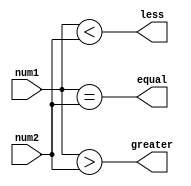
module magnitude_comparator (
    input [7:0] num1,
    input [7:0] num2,
    output greater,
    output less,
    output equal
);

assign greater = (num1 > num2);
assign less = (num1 < num2);
assign equal = (num1 == num2);

endmodule